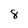
Character: 8